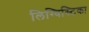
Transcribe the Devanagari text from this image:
लिग्विस्टिका